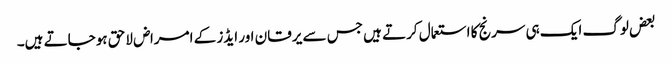
بعض لوگ ایک ہی سرنج کا استعمال کرتے ہیں جس سے یرقان اور ایڈز کے امراض لاحق ہوجاتے ہیں۔